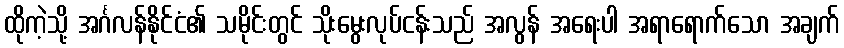
ထိုကဲ့သို့ အင်္ဂလန်နိုင်ငံ၏ သမိုင်းတွင် သိုးမွေးလုပ်ငန်းသည် အလွန် အရေးပါ အရာရောက်သော အချက်